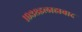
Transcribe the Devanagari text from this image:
१९३८इलाहाबाद